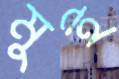
মুই